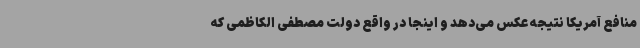
منافع آمریکا نتیجه عکس می‌دهد و اینجا در واقع دولت مصطفی الکاظمی که